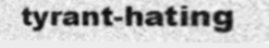
tyrant-hating